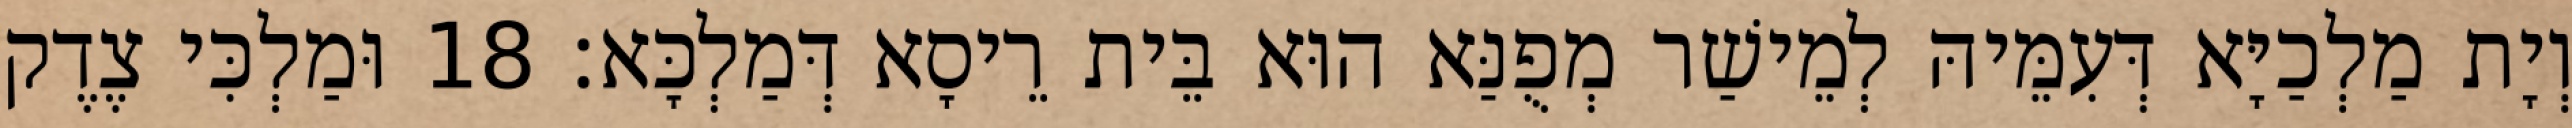
וְיָת מַלְכַיָּא דְּעִמֵּיהּ לְמֵישַׁר מְפֻנַּא הוּא בֵּית רֵיסָא דְּמַלְכָּא׃ 18 וּמַלְכִּי צֶדֶק